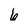
Character: 6